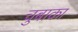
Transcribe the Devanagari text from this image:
चुबाका